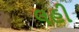
લહી